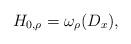
LaTeX: \begin{align*}H_{0,\rho}=\omega_\rho(D_x),\end{align*}